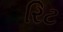
રિટ